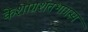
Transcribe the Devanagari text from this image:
केशाग्रशतभागस्य